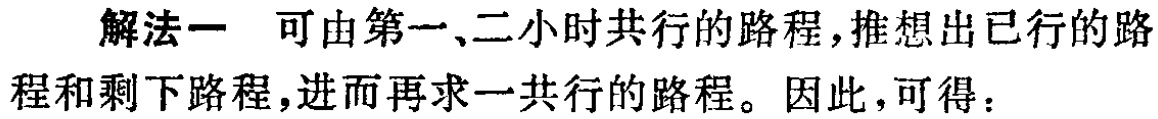
解法一 可由第一、二小时共行的路程，推想出已行的路程和剩下路程，进而再求一共行的路程。因此，可得：